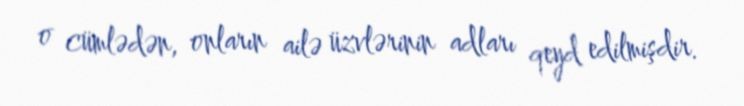
o cümlədən, onların ailə üzvlərinin adları qeyd edilmişdir.